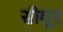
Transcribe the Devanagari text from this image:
सीमूर